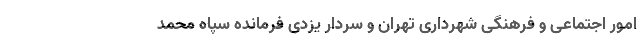
امور اجتماعی و فرهنگی شهرداری تهران و سردار یزدی فرمانده سپاه محمد